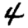
Digit: 4